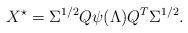
LaTeX: \begin{align*}X^\star = \Sigma^{1/2} Q \psi(\Lambda) Q^T \Sigma^{1/2}.\end{align*}